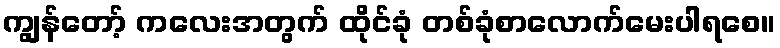
ကျွန်တော့် ကလေးအတွက် ထိုင်ခုံ တစ်ခုံစာလောက်မေးပါရစေ။